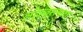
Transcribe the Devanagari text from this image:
लोकवस्त्यावर